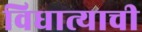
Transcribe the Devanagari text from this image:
विधात्याची